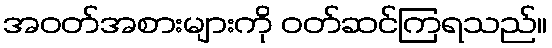
အဝတ်အစားများကို ဝတ်ဆင်ကြရသည်။